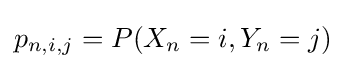
p_{n,i,j}=P(X_{n}=i,Y_{n}=j)